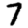
Digit: 7